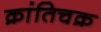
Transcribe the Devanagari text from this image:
क्रांतिचक्र